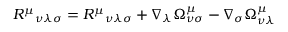
R ^ { \mu } { } _ { \nu \lambda \sigma } = R ^ { \mu } { } _ { \nu \lambda \sigma } + \nabla _ { \lambda } \Omega _ { \nu \sigma } ^ { \mu } - \nabla _ { \sigma } \Omega _ { \nu \lambda } ^ { \mu }